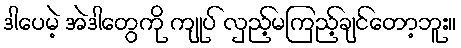
ဒါပေမဲ့ အဲဒါတွေကို ကျုပ် လှည့်မကြည့်ချင်တော့ဘူး။